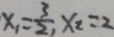
x _ { 1 } = \frac { 3 } { 2 } , x _ { 2 } = 2